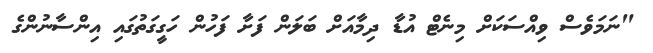
"ނަމަވެސް ވިއްސަކަށް މިނެޓް އުޑާ ދިމާއަށް ބަލަން ފަށާ ފަހުން ހަގީގަތުގައި އިންސާނުންގެ